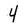
Character: 4